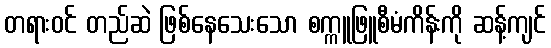
တရားဝင် တည်ဆဲ ဖြစ်နေသေးသော စက္ကူဖြူစီမံကိန်းကို ဆန့်ကျင်